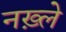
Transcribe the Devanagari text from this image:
नख़्ले